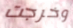
وخرجت